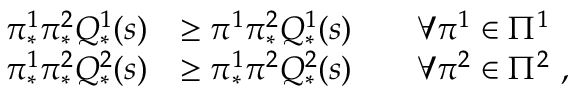
\begin{array} { r l } { \pi _ { * } ^ { 1 } \pi _ { * } ^ { 2 } Q _ { * } ^ { 1 } ( s ) } & { \geq \pi ^ { 1 } \pi _ { * } ^ { 2 } Q _ { * } ^ { 1 } ( s ) \qquad \forall \pi ^ { 1 } \in \Pi ^ { 1 } } \\ { \pi _ { * } ^ { 1 } \pi _ { * } ^ { 2 } Q _ { * } ^ { 2 } ( s ) } & { \geq \pi _ { * } ^ { 1 } \pi ^ { 2 } Q _ { * } ^ { 2 } ( s ) \qquad \forall \pi ^ { 2 } \in \Pi ^ { 2 } \ , } \end{array}